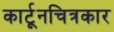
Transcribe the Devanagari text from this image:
कार्टूनचित्रकार